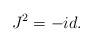
LaTeX: \begin{align*}J^{2}=-id.\end{align*}